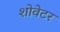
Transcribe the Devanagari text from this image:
शोवेटर